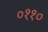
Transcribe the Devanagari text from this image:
०११०